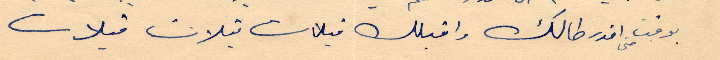
بوقت اقدر طالك وقبلك قبلات قبلات قبلات